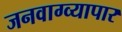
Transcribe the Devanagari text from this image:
जनवाग्व्यापार